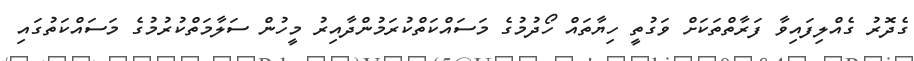
ގެދޮރު ގެއްލިފައިވާ ފަރާތްތަކަށް ވަގުތީ ހިޔާތައް ހޯދުމުގެ މަސައްކަތްކުރަމުންދާއިރު މީހުން ސަލާމަތްކުރުމުގެ މަސައްކަތުގައި